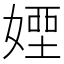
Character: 𡟽